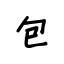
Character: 包